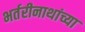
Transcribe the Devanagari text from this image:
भर्तरीनाथांच्या